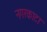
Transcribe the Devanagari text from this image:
नगरकाटा